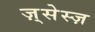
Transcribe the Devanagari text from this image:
ज़्सेस्ज़